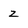
Character: 2